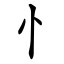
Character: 忄